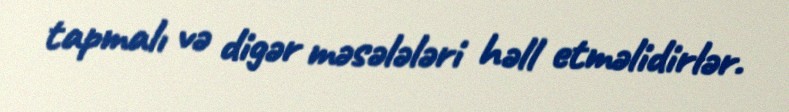
tapmalı və digər məsələləri həll etməlidirlər.